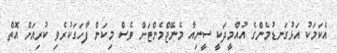
އެކަމަކު އަޅުގަނޑުމެންގެ އުއްމީދަކީ ސީނިއާ މެނޭޖްމެންޓަށް ވެސް މިކަން ފާހަގަކުރެވި ކުރިއަށް އޮތް